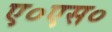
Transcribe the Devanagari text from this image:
ए०एस०